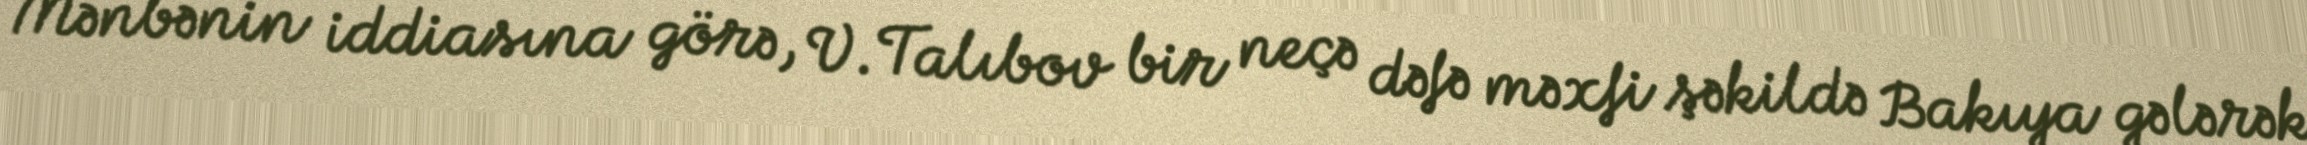
Mənbənin iddiasına görə, V.Talıbov bir neçə dəfə məxfi şəkildə Bakıya gələrək